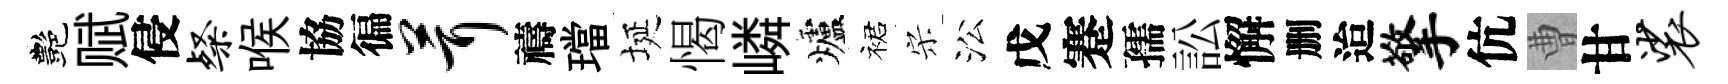
艷赋侵粲喉協徧茸禱璫埏愒嶙爐裙宋㳂戊蹇孺訟懈删迨擎伉曹甘裟